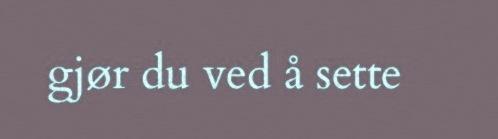
gjør du ved å sette